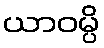
ယာဝမ္ပိ